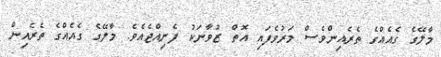
މާލޭގެ ގެއެއްގެ ތެރެއިންވެސް މަރުވެފައި އޮތް ޒުވާނަކު ފެނިއްޖެއެވެ. މާލޭގެ ގެއެއްގެ ތެރެއިން